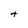
Character: t